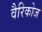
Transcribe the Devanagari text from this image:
वैरिकोज